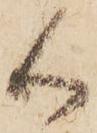
御